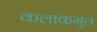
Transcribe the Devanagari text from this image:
कलाकमुल